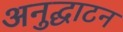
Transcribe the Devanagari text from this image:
अनुद्घाटन